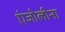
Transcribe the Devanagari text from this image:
एंजोलीना